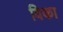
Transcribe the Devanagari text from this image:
विका